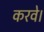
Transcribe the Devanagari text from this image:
करवे।